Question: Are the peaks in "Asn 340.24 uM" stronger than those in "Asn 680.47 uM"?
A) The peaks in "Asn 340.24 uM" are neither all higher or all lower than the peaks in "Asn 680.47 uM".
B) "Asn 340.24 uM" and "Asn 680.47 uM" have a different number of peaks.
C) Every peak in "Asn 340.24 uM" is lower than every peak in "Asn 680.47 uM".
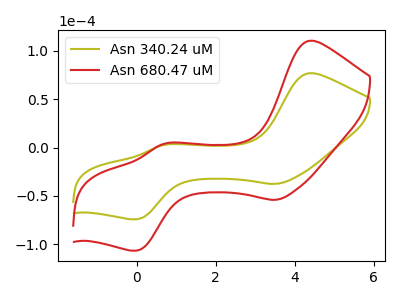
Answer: <think>The olive curve "Asn 340.24 uM" has anodic peaks at (4.35V, 76.75uA) (0.70V, 2.55uA) and cathodic peaks at (3.50V, -37.55uA) (0.00V, -74.15uA). The red curve "Asn 680.47 uM" has anodic peaks at (4.35V, 110.25uA) (0.70V, 3.70uA) and cathodic peaks at (3.50V, -54.00uA) (0.00V, -106.50uA).</think>
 <answer>C) Every peak in "Asn 340.24 uM" is lower than every peak in "Asn 680.47 uM".</answer>
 <eval>C</eval>